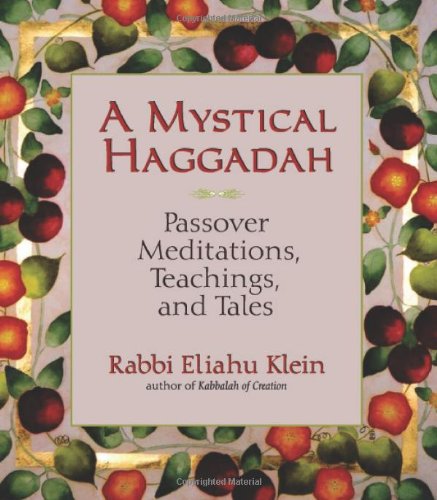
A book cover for A Mystical Haggadah: Passover Meditations, Teachings, and Tales; Eliahu Klein; Religion & Spirituality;